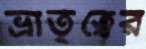
ভ্রাতৃত্বের